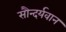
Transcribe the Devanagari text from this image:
सौन्दर्यवान